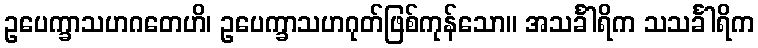
ဥပေက္ခာသဟဂတေဟိ၊ ဥပေက္ခာသဟဂုတ်ဖြစ်ကုန်သော။ အသင်္ခါရိက သသင်္ခါရိက